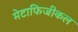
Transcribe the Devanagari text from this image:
मेटाफिजीकल